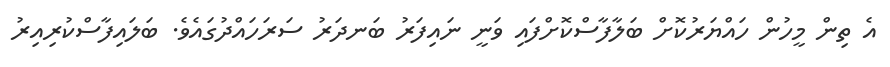
އެ ތިން މީހުން ހައްޔަރުކޮށް ބަލާފާސްކޮށްފައި ވަނީ ނައިފަރު ބަނދަރު ސަރަހައްދުގައެވެ. ބަލައިފާސްކުރިއިރު